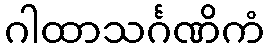
ဂါထာသင်္ဂဏိကံ